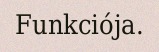
Funkciója.